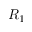
R _ { 1 }